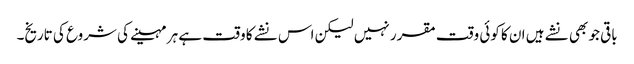
باقی جو بھی نشے ہیں ا ن کا کوئی وقت مقرر نہیں لیکن اس نشے کا وقت ہے ہر مہینے کی شروع کی تاریخ۔